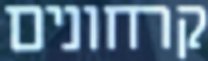
קרחונים